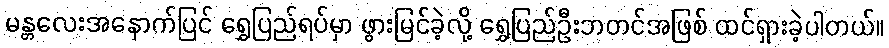
မန္တလေးအနောက်ပြင် ရွှေပြည်ရပ်မှာ ဖွားမြင်ခဲ့လို့ ရွှေပြည်ဦးဘတင်အဖြစ် ထင်ရှားခဲ့ပါတယ်။